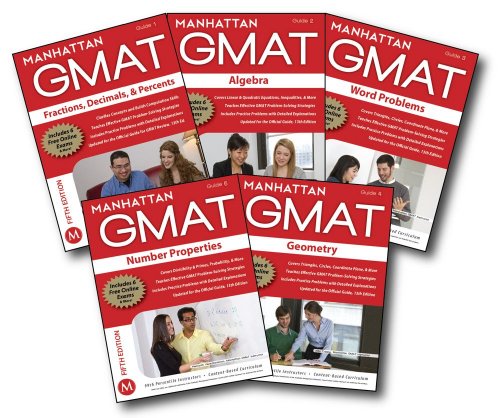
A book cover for Manhattan GMAT Quantitative Strategy Guide Set, 5th Edition (Manhattan GMAT Strategy Guides); Manhattan GMAT; Test Preparation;